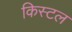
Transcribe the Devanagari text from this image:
किस्टल